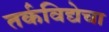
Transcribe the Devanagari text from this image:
तर्कविद्येचा